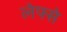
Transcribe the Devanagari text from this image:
लेफ्से